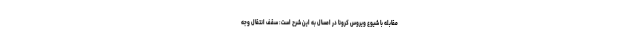
مقابله با شیوع ویروس کرونا در امسال به این شرح است: سقف انتقال وجه